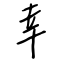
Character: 幸